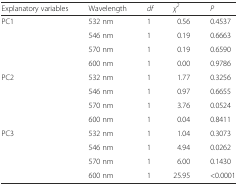
| Explanatory variables | Wavelength | df | χ2 | P |
 | --- | --- | --- | --- | --- |
 | PC1 | 532 nm | 1 | 0.56 | 0.4537 |
 |  | 546 nm | 1 | 0.19 | 0.6663 |
 |  | 570 nm | 1 | 0.19 | 0.6590 |
 |  | 600 nm | 1 | 0.00 | 0.9786 |
 | PC2 | 532 nm | 1 | 1.77 | 0.3256 |
 |  | 546 nm | 1 | 0.97 | 0.6655 |
 |  | 570 nm | 1 | 3.76 | 0.0524 |
 |  | 600 nm | 1 | 0.04 | 0.8411 |
 | PC3 | 532 nm | 1 | 1.04 | 0.3073 |
 |  | 546 nm | 1 | 4.94 | 0.0262 |
 |  | 570 nm | 1 | 6.00 | 0.1430 |
 |  | 600 nm | 1 | 25.95 | <0.0001 |